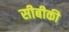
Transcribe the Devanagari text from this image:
सीबीकी